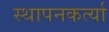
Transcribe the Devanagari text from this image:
स्थापनकर्त्या